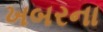
ખબરના